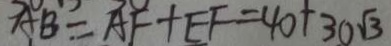
A B = A F + E F = 4 0 + 3 0 \sqrt { 3 }